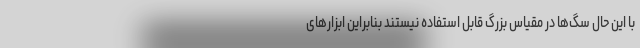
با این حال سگ‌ها در مقیاس بزرگ قابل استفاده نیستند بنابراین ابزار‌های